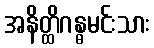
အနိတ္ထိဂန္ဓမင်းသား